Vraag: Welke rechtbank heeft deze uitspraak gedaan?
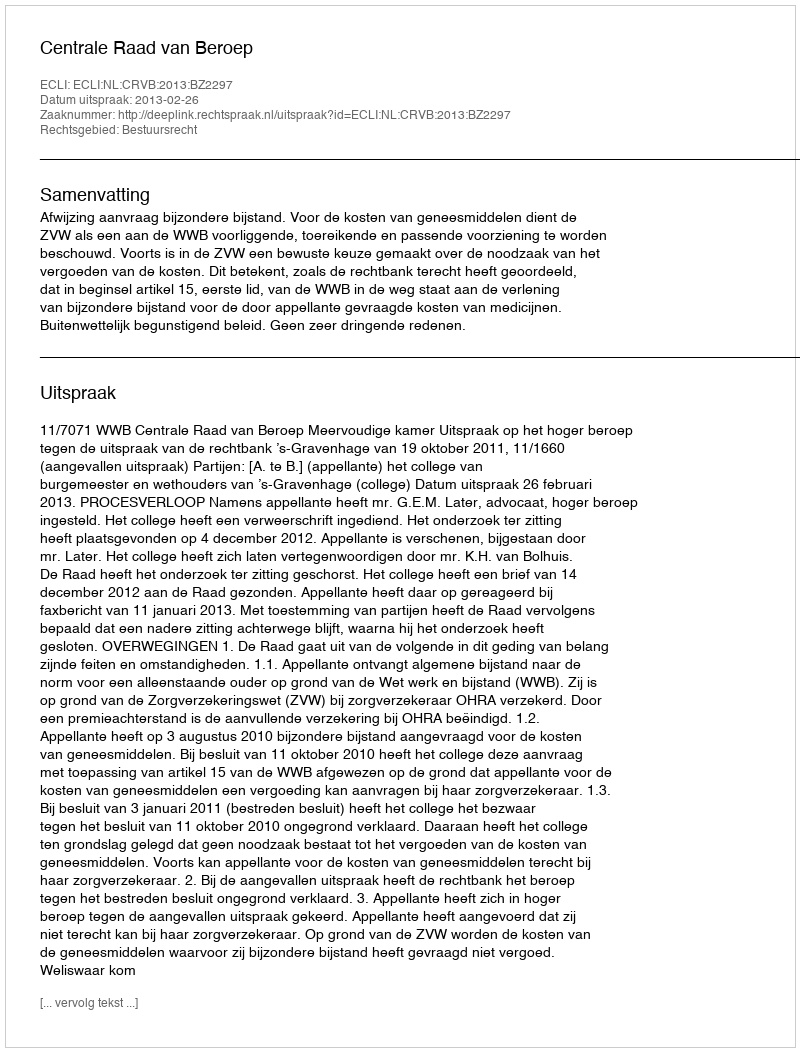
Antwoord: Centrale Raad van Beroep